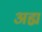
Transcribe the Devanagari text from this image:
अह्म